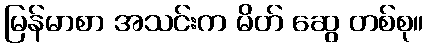
မြန်မာစာ အသင်းက မိတ် ဆွေ တစ်စု။